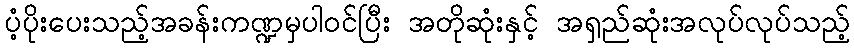
ပံ့ပိုးပေးသည့်အခန်းကဏ္ဍမှပါဝင်ပြီး အတိုဆုံးနှင့် အရှည်ဆုံးအလုပ်လုပ်သည့်